system: You are a helpful assistant.
user:
Analyze the provided spectrum to determine if it is a **Carbon Star (C-type)**.

- **Key Visual Indicators of Carbon Star:**
    - **(Primary):** Strong molecular absorption from **C₂ (diatomic carbon) "Swan Bands."** This is the **defining feature** of a carbon star.
        - **(Key Bandheads):** Sharp absorption edges are visible at approximately $5635$ Å, $5165$ Å (the strongest band), and $4737$ Å.
        - **(Line Profile):** Creates a distinct **"saw-tooth"** pattern. The key morphology is a sharp, steep bandhead on the **red (long-wavelength) side**, which then gradually tapers off (i.e., flux recovers) towards the **blue (short-wavelength) side**. *(This is the direct opposite of the TiO bands seen in M-type stars)*.

    - **(Secondary):** Intense **CN (cyanogen)** molecular absorption bands.
        - **(Key Bandheads):** Located in the blue and violet regions of the spectrum (e.g., near $4215$ Å and $3883$ Å).
        - **(Morphology):** These bands are extremely broad and act as a "blanket," absorbing the vast majority of blue and violet light. This creates a characteristic **"cliff"** or **"steep drop-off"** in the spectrum's flux at short wavelengths.

    - **(Key Confirmation):** Strong **CH absorption band (G-band)**.
        - **(Key Bandhead):** Located around $4300$ Å. The contribution from CH molecules to this band is exceptionally strong.

    - **(Overall Spectrum):**
        - The continuum is severely "chopped up" by these deep molecular bands, especially C₂, rather than appearing as a smooth curve.
        - Due to the heavy CN and C₂ absorption in the blue-green, the vast majority of the star's flux is concentrated in the red part of the spectrum, giving the star its characteristic deep red color.

Think first, call **spectral_visualization_tool** if needed to examine features in detail, then provide your final answer. Your response must adhere to the following strict rules:
1.  **Overall Structure:** Your response must follow the format `<think>...</think> <tool_call>...</tool_call> (if a tool is used) <answer>...</answer>`.
2.  **Tool Usage Constraint:** You may only make **one** tool call per turn.
3.  **Final Answer Format:** In the `<answer>` tag, your conclusion must be inside a `\boxed{}` command (e.g., `\boxed{YES}`), followed by your justification.

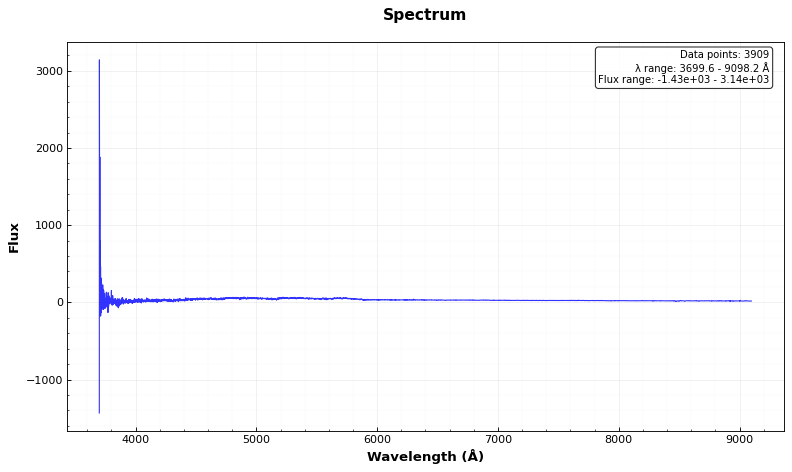
Answer: YES